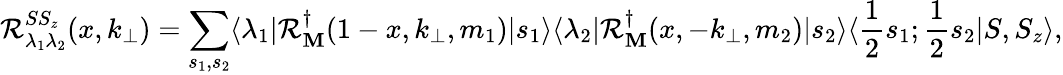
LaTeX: \mathcal{R}_{\lambda_{1}\lambda_{2}}^{SS_{z}}(x,k_{\bot})=\sum_{s_{1},s_{2}}\langle\lambda_{1}|{\cal\mathcal{R}}_{\mathbf{M}}^{\dagger}(1-x,k_{\bot},m_{1})|s_{1}\rangle\langle\lambda_{2}|{\cal\mathcal{R}}_{\mathbf{M}}^{\dagger}(x,-k_{\bot},m_{2})|s_{2}\rangle\langle{\frac{{1}}{{2}}}s_{1};{\frac{{1}}{{2}}}s_{2}|S,S_{z}\rangle,